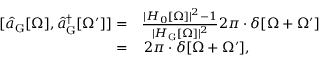
\begin{array} { r l } { [ \hat { a } _ { \mathrm { G } } [ \Omega ] , \hat { a } _ { \mathrm { G } } ^ { \dagger } [ \Omega ^ { \prime } ] ] = } & { \frac { | H _ { 0 } [ \Omega ] | ^ { 2 } - 1 } { | H _ { \mathrm { G } } [ \Omega ] | ^ { 2 } } 2 \pi \cdot \delta [ \Omega + \Omega ^ { \prime } ] } \\ { = } & { \, 2 \pi \cdot \delta [ \Omega + \Omega ^ { \prime } ] , } \end{array}